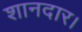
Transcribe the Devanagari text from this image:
शानदार।